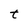
Character: t